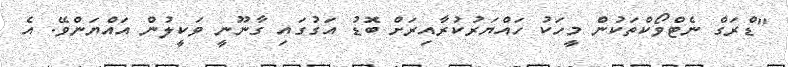
"ޑްރަގް ނެޓްވޯކްތަކުން މީހަކު ހައްޔަރުކުރާއިރަށް ބޮޑު އަގުގައި ގާނޫނީ ވަކީލުން އައްޔަންވޭ. އެ